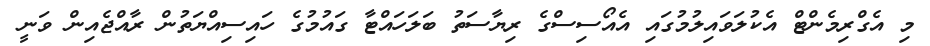
މި އެގްރިމެންޓް އެކުލަވައިލުމުގައި އެއޯސިސްގެ ރިޔާސަތު ބަލަހައްޓާ ގައުމުގެ ހައިސިއްޔަތުން ރާއްޖެއިން ވަނީ